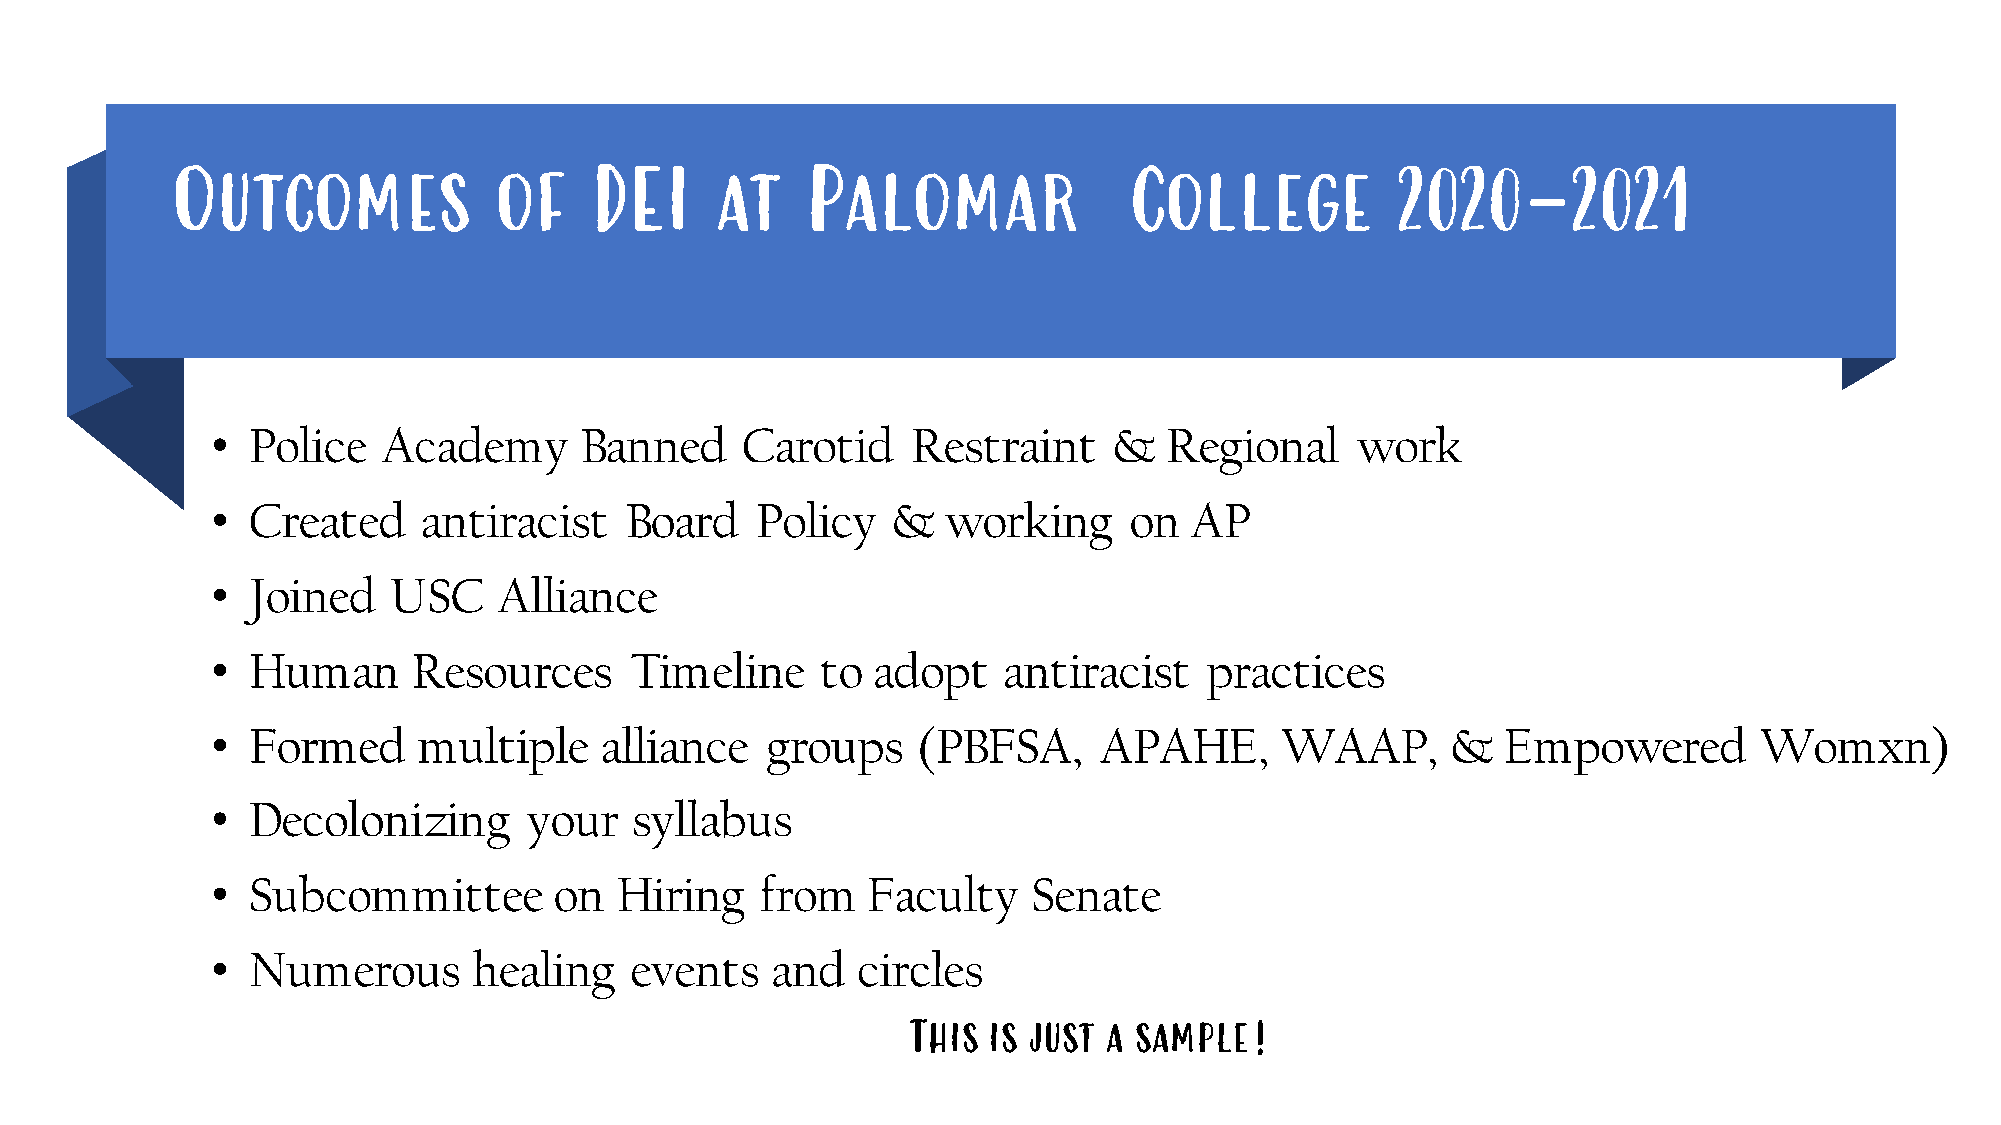
Outcomes              of    DEI     at    Palomar               College          2020-2021
 • Police   Academy      Banned     Carotid    Restraint     &  Regional     work
 • Created     antiracist   Board    Policy   &   working     on  AP
 • Joined    USC    Alliance
 • Human      Resources      Timeline    to  adopt   antiracist    practices
 • Formed      multiple    alliance   groups    (PBFSA,     APAHE,      WAAP,      &  Empowered        Womxn)
 • Decolonizing       your   syllabus
 • Subcommittee         on  Hiring   from   Faculty    Senate
 • Numerous       healing    events   and   circles
 This is just a sample!